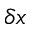
\delta x